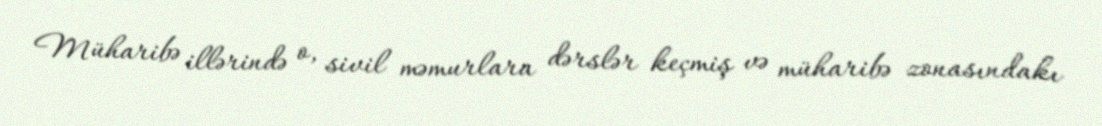
Müharibə illərində o, sivil məmurlara dərslər keçmiş və müharibə zonasındakı